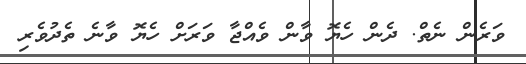
ވަރެން ނެތް. ދެން ހެޔޮ ވާން ވެއްޖާ ވަރަށް ހެޔޮ ވާނެ ތެދުވެރި